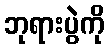
ဘုရားပွဲကို